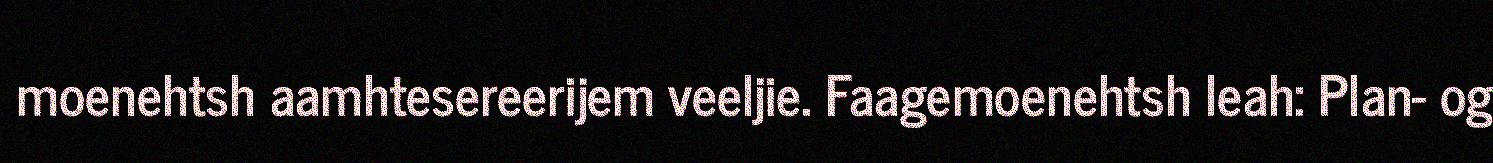
moenehtsh aamhtesereerijem veeljie. Faagemoenehtsh leah: Plan- og